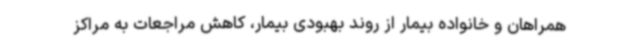
همراهان و خانواده بیمار از روند بهبودی بیمار، کاهش مراجعات به مراکز